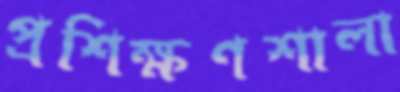
প্রশিক্ষণশালা